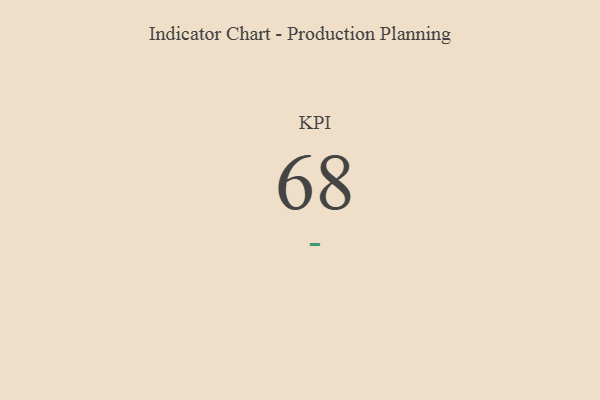
{"axis": {"x": "KPI", "y": "Value"}, "legend": [""], "data": [{"x": "KPI", "y": 68, "type": ""}]}